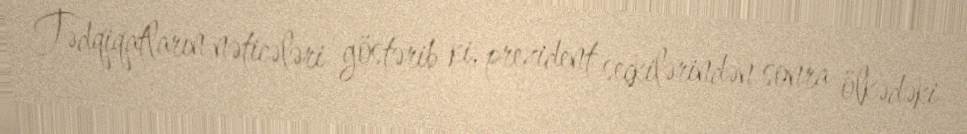
Tədqiqatların nəticələri göstərib ki, prezident seçkilərindən sonra ölkədəki